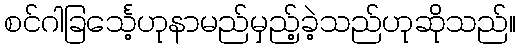
စင်ဂါခြင်္သေ့ဟုနာမည်မှည့်ခဲ့သည်ဟုဆိုသည်။